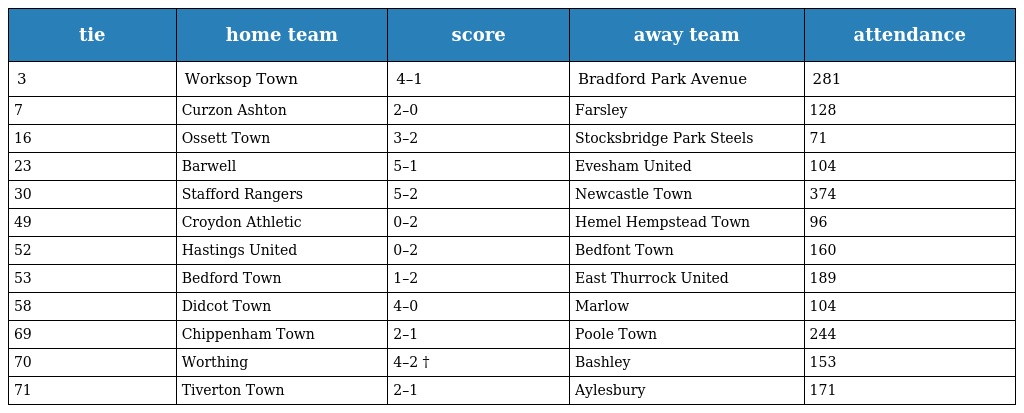
| tie | home team | score | away team | attendance |
 | --- | --- | --- | --- | --- |
 | 3 | Worksop Town | 4–1 | Bradford Park Avenue | 281 |
 | 7 | Curzon Ashton | 2–0 | Farsley | 128 |
 | 16 | Ossett Town | 3–2 | Stocksbridge Park Steels | 71 |
 | 23 | Barwell | 5–1 | Evesham United | 104 |
 | 30 | Stafford Rangers | 5–2 | Newcastle Town | 374 |
 | 49 | Croydon Athletic | 0–2 | Hemel Hempstead Town | 96 |
 | 52 | Hastings United | 0–2 | Bedfont Town | 160 |
 | 53 | Bedford Town | 1–2 | East Thurrock United | 189 |
 | 58 | Didcot Town | 4–0 | Marlow | 104 |
 | 69 | Chippenham Town | 2–1 | Poole Town | 244 |
 | 70 | Worthing | 4–2 † | Bashley | 153 |
 | 71 | Tiverton Town | 2–1 | Aylesbury | 171 |